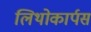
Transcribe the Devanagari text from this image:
लिथोकार्पस